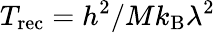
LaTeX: T_{\mathrm{rec}}=h^{2}/Mk_{\mathrm{B}}\lambda^{2}